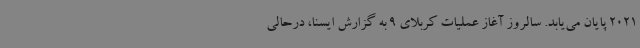
2021 پایان می‌یابد. سالروز آغاز عملیات کربلای 9 به گزارش ایسنا، درحالی